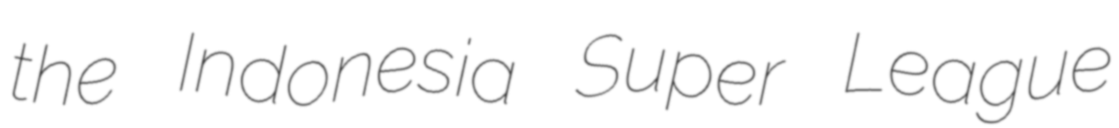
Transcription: the Indonesia Super League